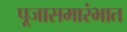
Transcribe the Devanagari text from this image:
पूजासमारंभात